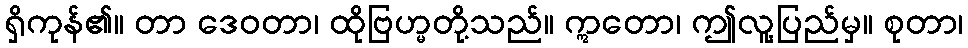
ရှိကုန်၏။ တာ ဒေဝတာ၊ ထိုဗြဟ္မတို့သည်။ ဣတော၊ ဤလူ့ပြည်မှ။ စုတာ၊